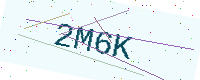
Text: 2M6K